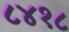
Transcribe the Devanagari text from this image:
८४१८